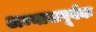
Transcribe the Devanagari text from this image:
अभ्यासपूर्वक